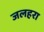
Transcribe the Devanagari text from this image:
जलहरा